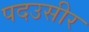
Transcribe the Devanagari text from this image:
पदउसीर